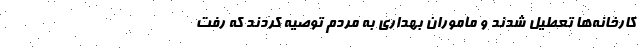
کارخانه‌ها تعطیل شدند و ماموران بهداری به مردم توصیه کردند که رفت